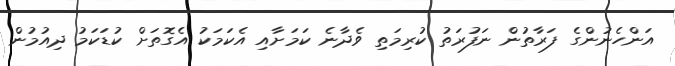
އަންހެނުންގެ ފަރާތުން ނަފުރަތު ކުރިމަތި ވެދާނެ ކަމަށާއި އެކަމަކު އެގޮތަށް ކުޑަކަމު ދިއުމުން